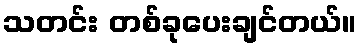
သတင်း တစ်ခုပေးချင်တယ်။